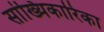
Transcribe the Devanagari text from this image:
सांख्यिकारिका